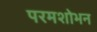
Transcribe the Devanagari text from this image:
परमशोभन